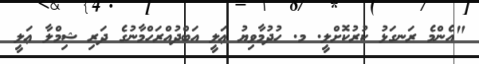
"އެންމެ ރަނގަޅު ކުރުކޮށްލީ. މ. ހުދުމާވިޔު ޢަލީ އަބްދުއްރަހްމާނުގެ ދަރި ޝިމްލާ ޢަލީ